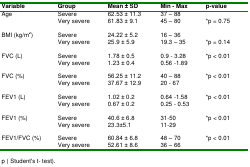
<table><thead><tr><td><b>Variable</b></td><td><b>Group</b></td><td><b>Mean ± SD</b></td><td><b>Min - Max</b></td><td><b>p-value</b></td></tr></thead><tbody><tr><td rowspan="2">Age</td><td>Severe</td><td>62.53 ± 11.3</td><td>37 – 88</td><td></td></tr><tr><td>Very severe</td><td>61.83 ± 9.1</td><td>45 – 80</td><td>*p = 0.75</td></tr><tr><td rowspan="2">BMI (kg/m<sup>2</sup>)</td><td>Severe</td><td>24.22 ± 5.2</td><td>16 – 36</td><td></td></tr><tr><td>Very severe</td><td>25.9 ± 5.9</td><td>19.3 – 35</td><td>*p = 0.14</td></tr><tr><td rowspan="2">FVC (L)</td><td>Severe</td><td>1.78 ± 0.5</td><td>0.9 - 3.28</td><td>*p &lt; 0.01</td></tr><tr><td>Very severe</td><td>1.23 ± 0.4</td><td>0.56 -1.89</td><td></td></tr><tr><td rowspan="2">FVC (%)</td><td>Severe</td><td>56.25 ± 11.2</td><td>40 – 88</td><td>*p &lt; 0.01</td></tr><tr><td>Very severe</td><td>37.67 ± 12.9</td><td>20 - 67</td><td></td></tr><tr><td rowspan="2">FEV1 (L)</td><td>Severe</td><td>1.02 ± 0.2</td><td>0.64 -1.58</td><td>*p &lt; 0.01</td></tr><tr><td>Very severe</td><td>0.67 ± 0.2</td><td>0.25 - 0.53</td><td></td></tr><tr><td rowspan="2">FEV1 (%)</td><td>Severe</td><td>40.6 ± 6.8</td><td>31-50</td><td>*p &lt; 0.01</td></tr><tr><td>Very severe</td><td>23.3±5.1</td><td>11-29</td><td></td></tr><tr><td rowspan="2">FEV1/FVC (%)</td><td>Severe</td><td>60.84 ± 6.8</td><td>48 – 70</td><td>*p &lt; 0.01</td></tr><tr><td>Very severe</td><td>52.61 ± 8.6</td><td>36 – 66</td><td></td></tr></tbody></table>